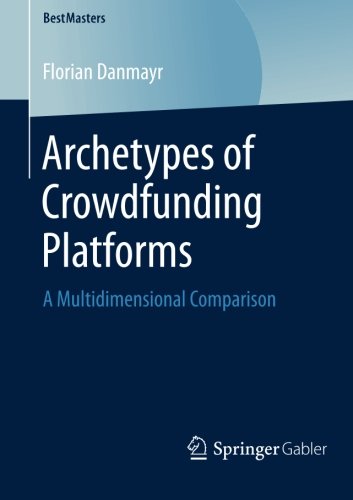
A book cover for Archetypes of Crowdfunding Platforms: A Multidimensional Comparison (BestMasters); Florian Danmayr; Business & Money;